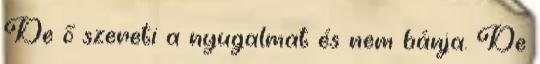
De ő szereti a nyugalmat és nem bánja. De